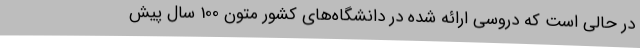
در حالی است که دروسی ارائه شده در دانشگاه‌های کشور متون 100 سال پیش